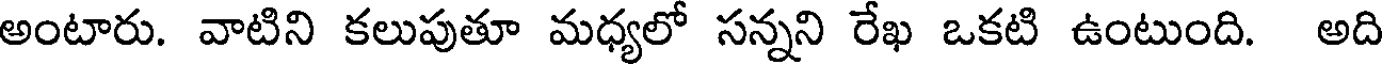
అంటారు. వాటిని కలుపుతూ మధ్యలో సన్నని రేఖ ఒకటి ఉంటుంది. అది